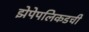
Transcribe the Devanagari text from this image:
झेपेपलिकडची